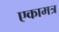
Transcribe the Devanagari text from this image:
एकामत्र